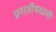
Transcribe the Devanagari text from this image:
प्रगतीमधली